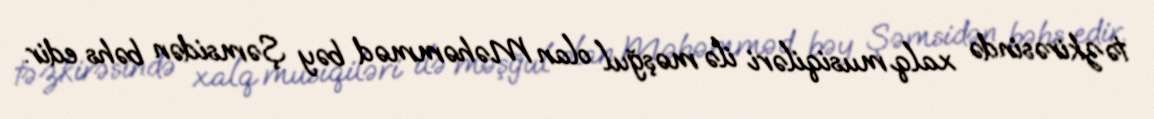
təzkirəsində xalq musiqiləri ilə məşğul olan Məhəmməd bəy Şəmsidən bəhs edir.